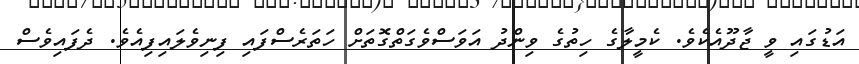
އަޑުގައި ވީ ޖާދޫއެކެވެ. ކެމީލާގެ ހިތުގެ ވިންދު އަވަސްވެގަތްގޮތަށް ހަތަރެސްފައި ފިނިވެލައިފިއެވެ. ދެފައިވެސް